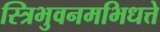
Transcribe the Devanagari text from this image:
स्त्रिभुवनमभिधत्ते